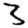
Digit: 3